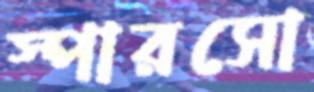
স্পারসো